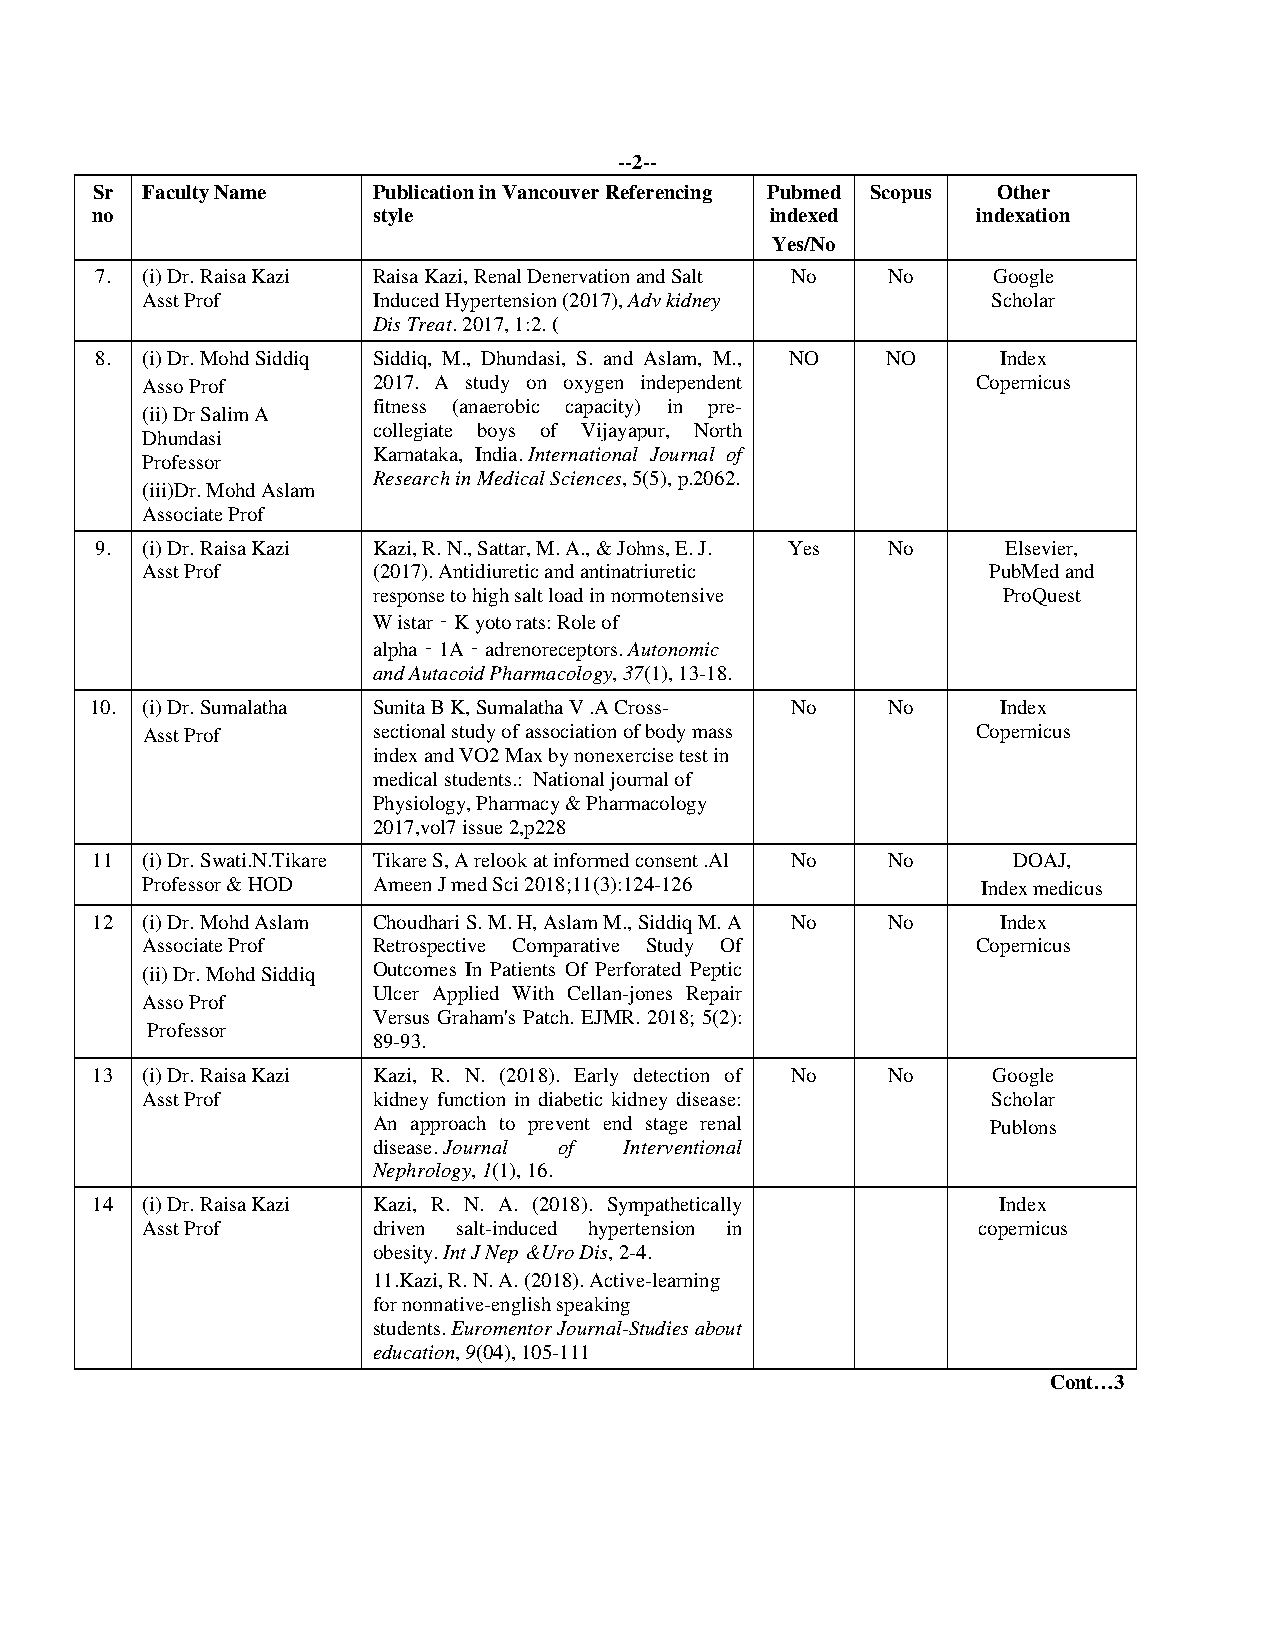
--2--
 Sr Faculty Name    Publication in Vancouver Referencing Pubmed Scopus Other
 no                 style                     indexed       indexation
 Yes/No
 7. (i) Dr. Raisa Kazi R a isa Kazi, Renal Denervation and Salt No No Google
 Asst Prof       Induced Hypertension (2017), Adv kidney  Scholar
 Dis Treat. 2017, 1:2. (
 8. (i) Dr. Mohd Siddiq Siddiq, M., Dhundasi, S. and Aslam, M., NO NO Index
 Asso Prof       2017. A study on oxygen independent     Copernicus
 fitness (anaerobic capacity) in pre-
 (ii) Dr Salim A
 collegiate boys of Vijayapur, North
 Dhundasi
 Karnataka, India. International Journal of
 Professor
 Research in Medical Sciences, 5(5), p.2062.
 (iii)Dr. Mohd Aslam
 Associate Prof
 9. (i) Dr. Raisa Kazi K a zi, R. N., Sattar, M. A., & Johns, E. J. Yes No Elsevier,
 Asst Prof       (2017). Antidiuretic and antinatriuretic PubMed and
 response to high salt load in normotensive ProQuest
 W istar‐K yoto rats: Role of
 alpha‐1A‐adrenoreceptors. Autonomic
 and Autacoid Pharmacology, 37(1), 13-18.
 10. (i) Dr. Sumalatha Sunita B K, Sumalatha V .A Cross- No No Index
 Asst Prof       sectional study of association of body mass Copernicus
 index and VO2 Max by nonexercise test in
 medical students.: National journal of
 Physiology, Pharmacy & Pharmacology
 2017,vol7 issue 2,p228
 11 (i) Dr. Swati.N.Tikare Tikare S, A relook at informed consent .Al No No DOAJ,
 Professor & HOD Ameen J med Sci 2018;11(3):124-126      Index medicus
 12 (i) Dr. Mohd Aslam C h o u dhari S. M. H, Aslam M., Siddiq M. A No No Index
 Associate Prof  Retrospective Comparative Study Of      Copernicus
 (ii) Dr. Mohd Siddiq Outcomes In Patients Of Perforated Peptic
 Ulcer Applied With Cellan-jones Repair
 Asso Prof
 Versus Graham's Patch. EJMR. 2018; 5(2):
 Professor
 89-93.
 13 (i) Dr. Raisa Kazi K a zi, R. N. (2018). Early detection of No No Google
 Asst Prof       kidney function in diabetic kidney disease: Scholar
 An approach to prevent end stage renal   Publons
 disease. Journal of Interventional
 Nephrology, 1(1), 16.
 14 (i) Dr. Raisa Kazi K a zi, R. N. A. (2018). Sympathetically Index
 Asst Prof       driven salt-induced hypertension in     copernicus
 obesity. Int J Nep &Uro Dis, 2-4.
 11.Kazi, R. N. A. (2018). Active-learning
 for nonnative-english speaking
 students. Euromentor Journal-Studies about
 education, 9(04), 105-111
 Cont…3